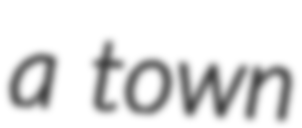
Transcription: a town